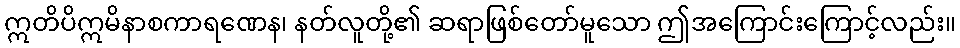
ဣတိပိဣမိနာစကာရဏေန၊ နတ်လူတို့၏ ဆရာဖြစ်တော်မူသော ဤအကြောင်းကြောင့်လည်း။